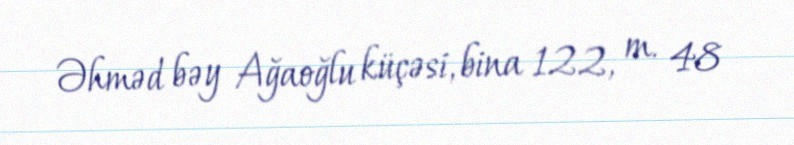
Əhməd bəy Ağaoğlu küçəsi, bina 122, m. 48